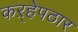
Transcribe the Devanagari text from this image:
कऱ्हेपठार